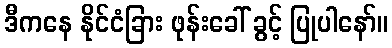
ဒီကနေ နိုင်ငံခြား ဖုန်းခေါ် ခွင့် ပြုပါနော်။